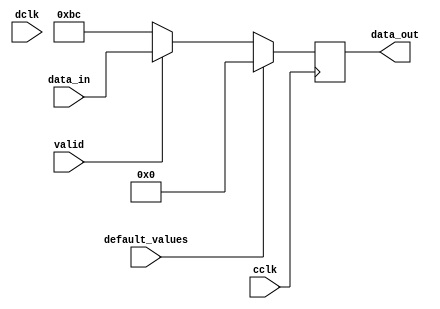
module com_valid (
		input 		 		cclk,
		input 		 		dclk,
		input		 		valid,
		input				default_values,
		input [7:0]			data_in,		
		output reg [7:0] 	data_out
		);


	//valid_out0 = 0;


   always @ (posedge cclk) begin

   		if (default_values==1) begin
   			data_out <= 0;
   		end
   		else begin

			if (!valid) begin
				data_out <= 8'hBC;


			end

			else begin
				data_out <= data_in;
			end

		end

   end
	




endmodule // 8_to_1_bits